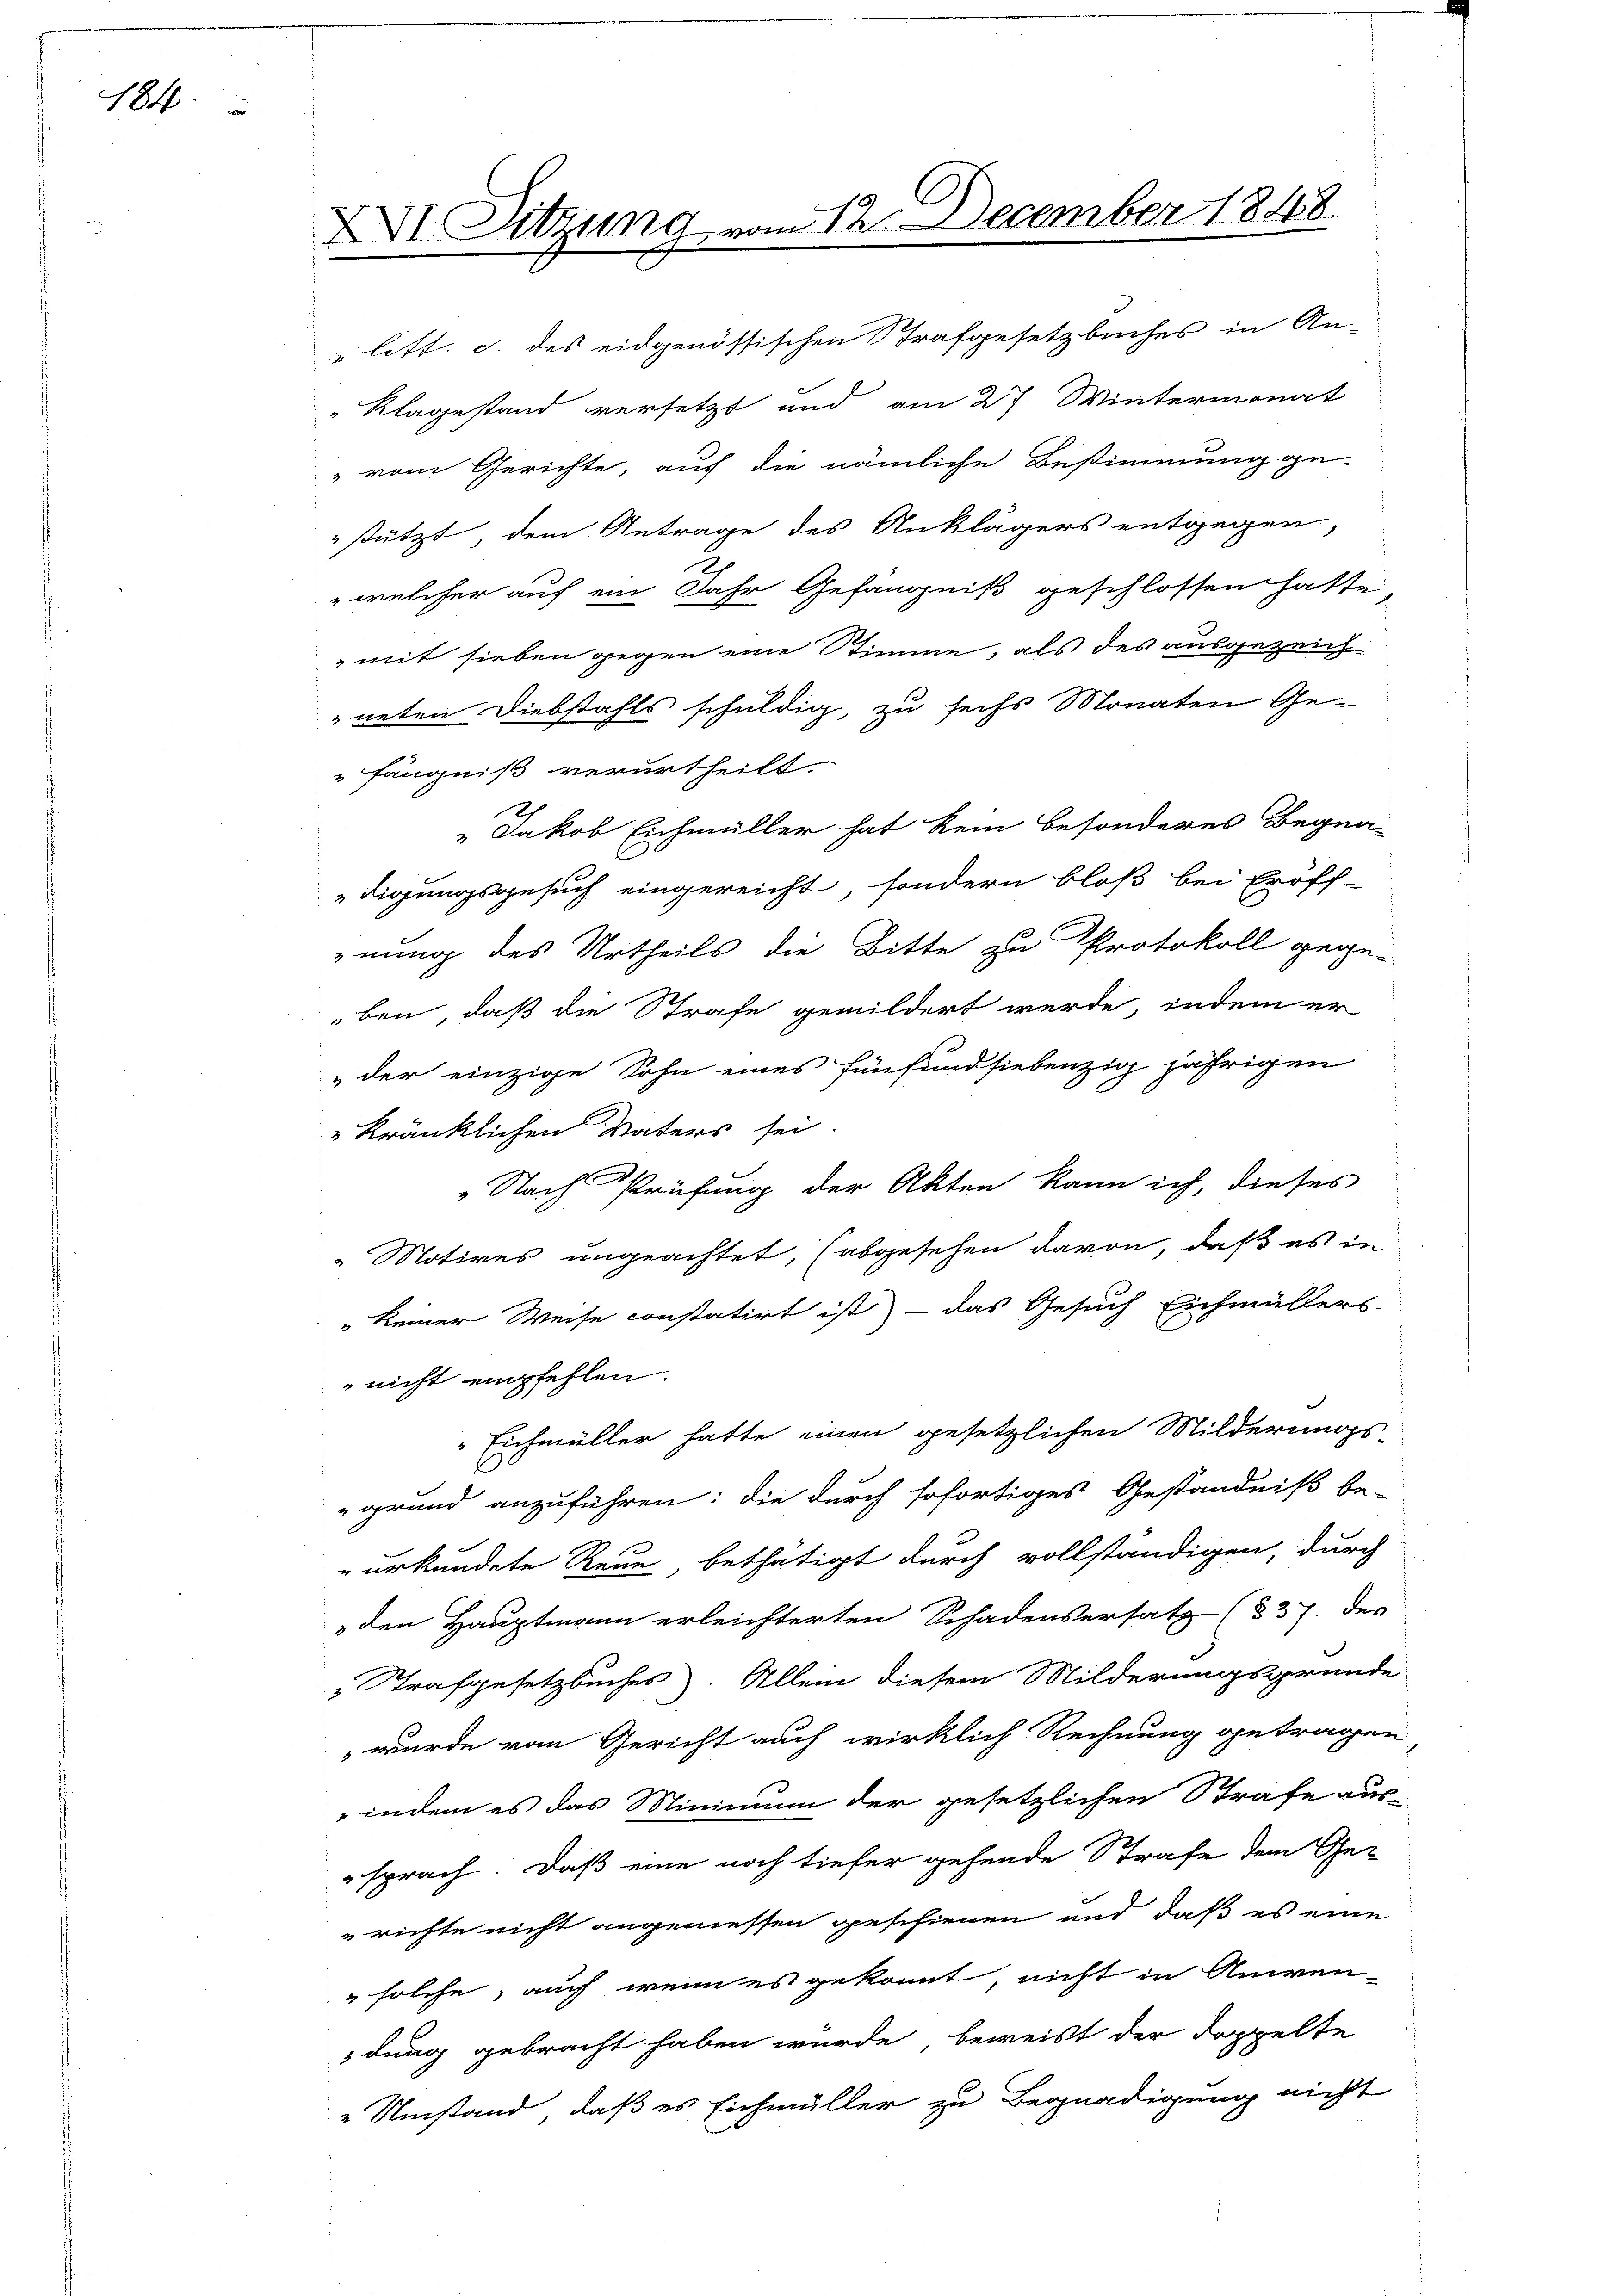
184.

XVI. Sitzung vom 12. December 1848

" litt. c. des eidgenössischen Strafgesetzbuches in An-
"Klagestand versetzt und am 27. Wintermonat
" vom Gerichte, auf die nämliche Bestimmung ge-
stützt, dem Antrage des Anklägers entgegen,
 welcher auf ein Jahr Gefängniß geschlossen hatte,
" mit sieben gegen eine Stimme, als des ausgezeich
neten Diebstahls schuldig, zu sechs Monaten Ge-
fängniß verurtheilt.
.
„Jakob Eichmüller hat kein besonderes Begna-
digungsgesuch eingereicht, sondern bloß bei Eröff-
nung des Urtheils die Bitte zu Protokoll gegeben, daß die Strafe gemildert werde, indem er
„der einzige Sohn eines fünfund siebenzig jährigen
 kränklichen Vaters sei.
"Nach Prüfung der Akten kann ich, dieses
„Motives ungeachtet, (abgesehen davon, daß es in
"keiner Weise constatirt ist - das Gesuch Eichmüllers
nicht empfehlen.
Eichmüller hatte einen gesetzlichen Milderungs-
grund anzuführen: die durch sofortiges Geständniß be-
urkundete Reue bethätigt durch vollständigen, durch
den Hauptmann erleichterten Schadensersatz (§ 37. des
„Strafgesetzbuches. Allein diesem Milderungsgründe
wurde von Gericht auch wirklich Rechnung getragen
indem es das Minimum der gesetzlichen Strafe aus-
sprach. Daß eine noch tiefer gehende Strafe dem Ge-
„richte nicht angeniessen geschienen und daß es eine
" solche, auch wenn es gekommt, nicht in Anwen-
dung gebracht haben würde, beweist der Doppelte
Umstand, daß es Eichmüller zu Begnadigung nicht